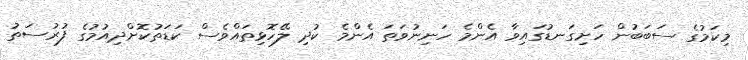
މިކަމުގެ ސަބަބުން ހަށިގަނޑުގައިވާ އެންމެ ހަނިނުވަތަ އެންމެ ކުދި ލޭހޮޅިތައްވެސް ކަޑަތުކޮށްދިއުމުގެ ފުރުސަތު